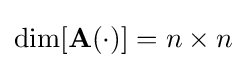
\dim[\mathbf {A} (\cdot )]=n\times n